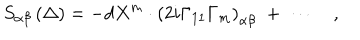
S _ { \alpha \beta } \left( \Delta \right) = - d X ^ { m } \cdot \left( 2 i \Gamma _ { 1 1 } \Gamma _ { m } \right) _ { \alpha \beta } \; + \; \cdots \quad ,